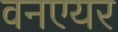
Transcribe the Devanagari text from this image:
वनएयर